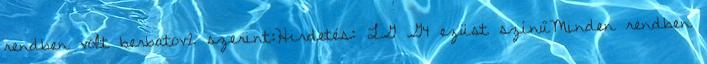
rendben volt berbatov2 szerint:Hirdetés: LG G4 ezüst színűMinden rendben